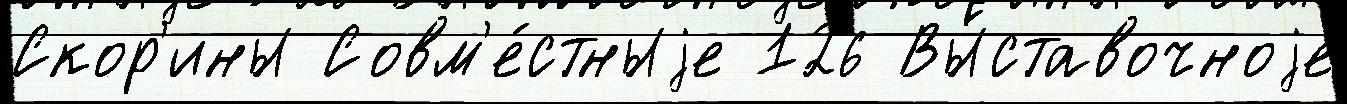
Скор'ины Совм'е́стныjе 126 Вы́ставочноjе